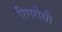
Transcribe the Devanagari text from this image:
रिगरोसी